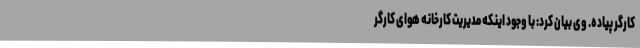
کارگر پیاده. وی بیان کرد: با وجود اینکه مدیریت کارخانه هوای کارگر